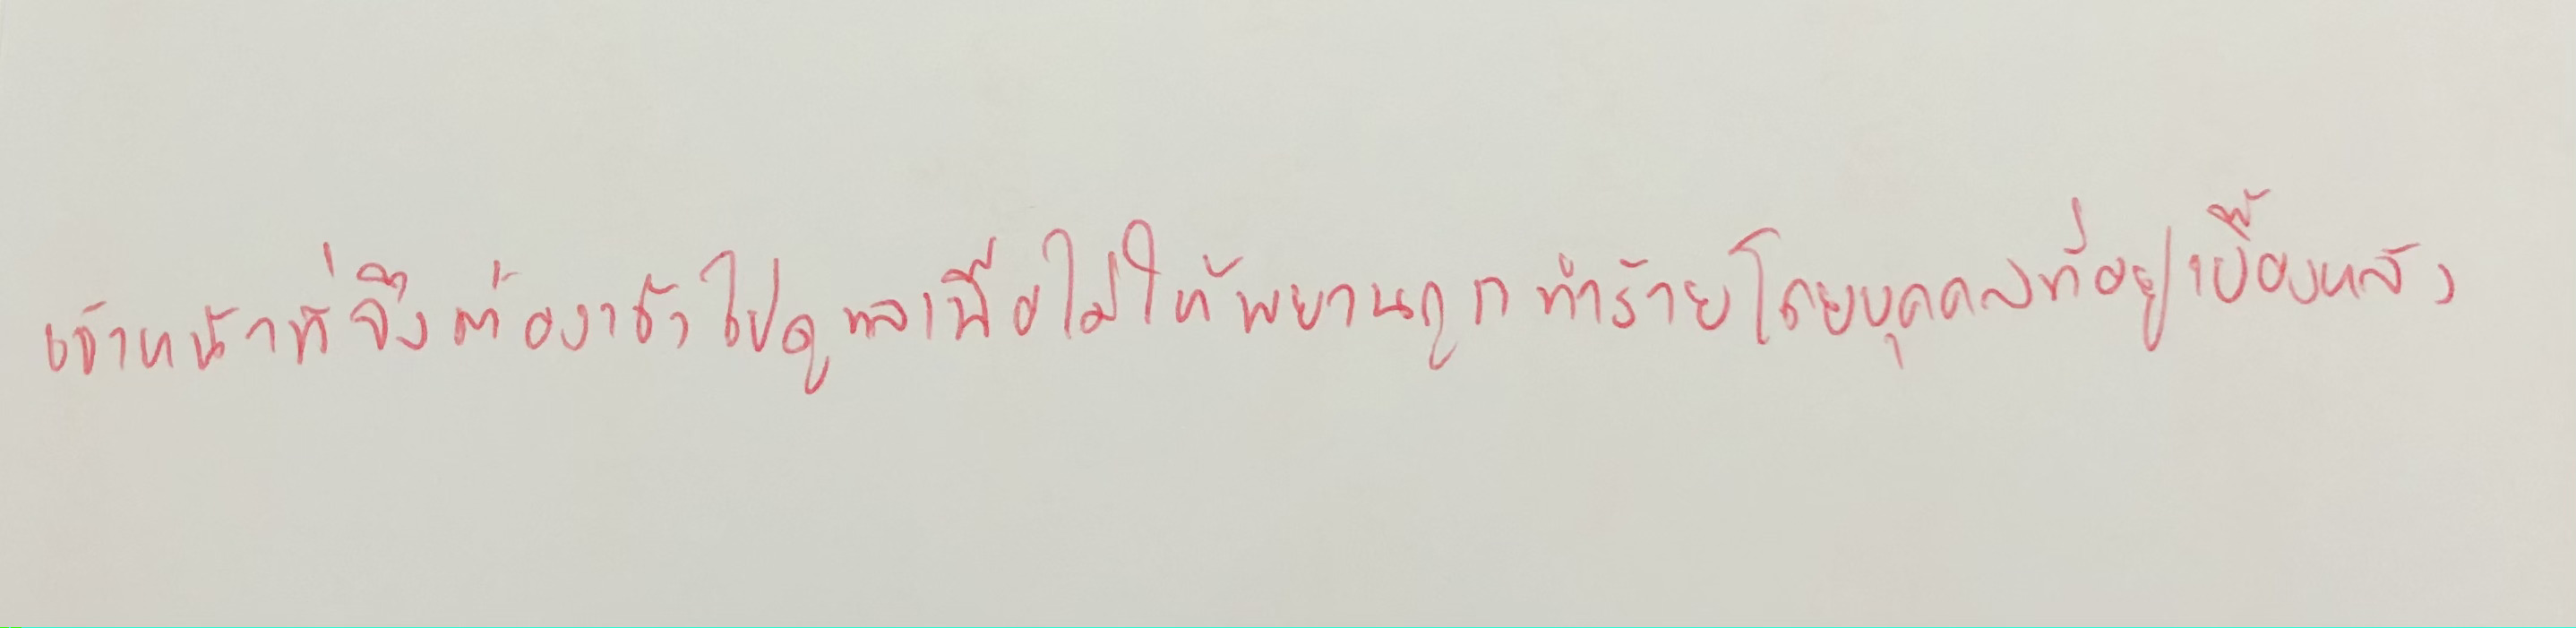
เจ้าหน้าที่จึงต้องเข้าไปดูแลเพื่อไม่ให้พยานถูกทำร้ายโดยบุคคลที่อยู่เบื้องหลัง